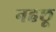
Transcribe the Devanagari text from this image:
नहछू